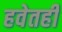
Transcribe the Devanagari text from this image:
हवेतही